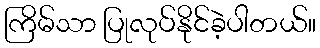
ကြိမ်သာ ပြုလုပ်နိုင်ခဲ့ပါတယ်။